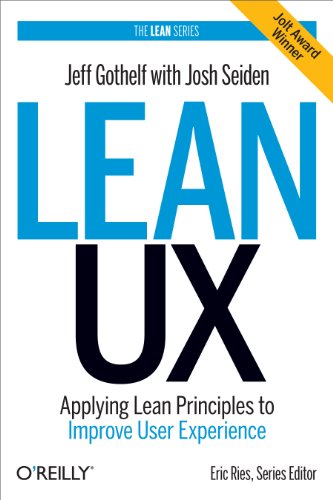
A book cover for Lean UX: Applying Lean Principles to Improve User Experience; Jeff Gothelf; Computers & Technology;